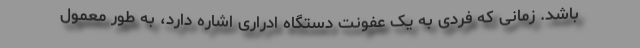
باشد. زمانی که فردی به یک عفونت دستگاه ادراری اشاره دارد، به طور معمول